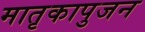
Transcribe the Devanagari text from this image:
मातृकापुजन